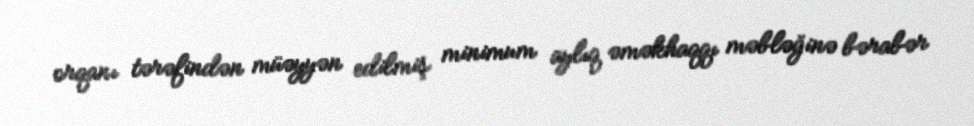
orqanı tərəfindən müəyyən edilmiş minimum aylıq əməkhaqqı məbləğinə bərabər